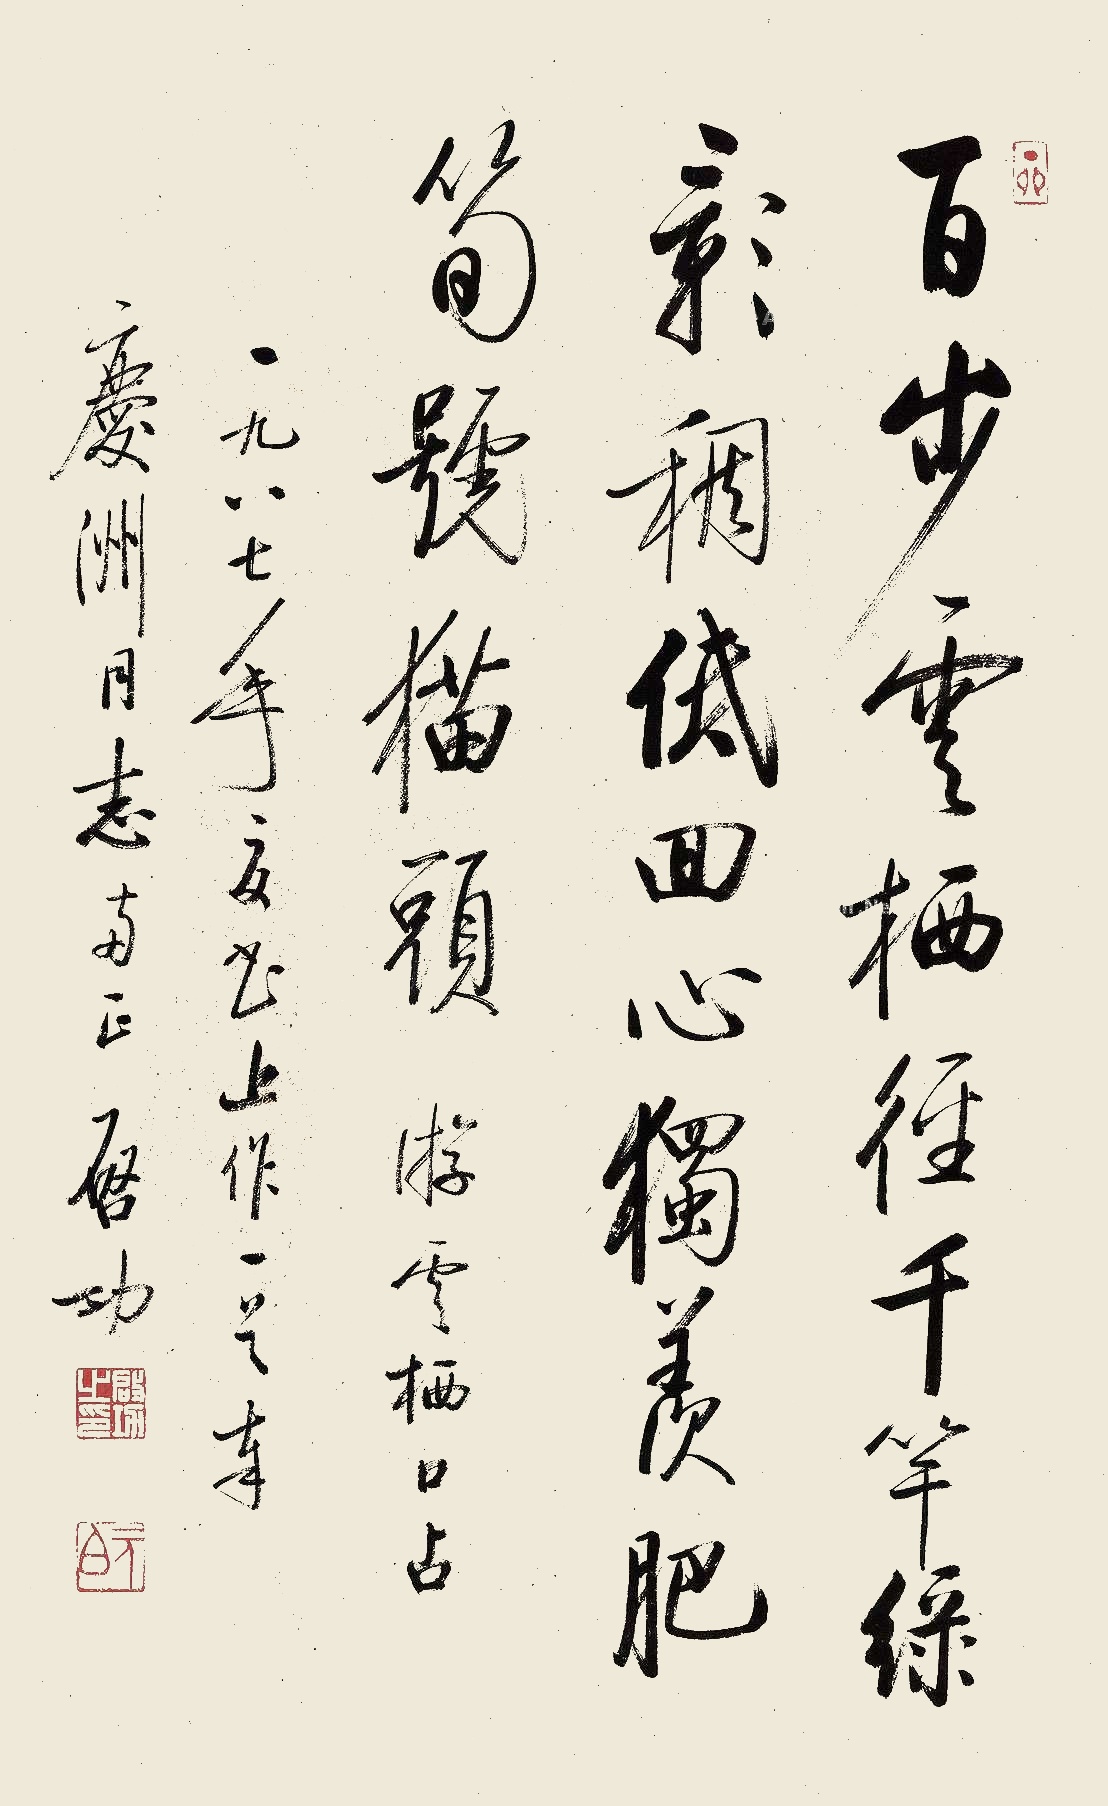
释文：百步云栖径,千竿绿影稠。低回心独羡,肥笋号猫头。游云栖口占。一九八七年夏，书上作一首,奉庆洲同志两正,启功。